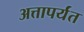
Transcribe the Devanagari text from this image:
अत्तापर्यंत